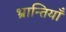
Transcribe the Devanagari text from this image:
भ्रान्तियाँ